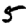
Digit: 5